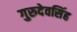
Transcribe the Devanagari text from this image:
गुरुदेवसिंह